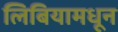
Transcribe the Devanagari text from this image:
लिबियामधून